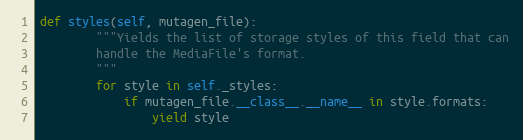
Language: Python
def styles(self, mutagen_file):
        """Yields the list of storage styles of this field that can
        handle the MediaFile's format.
        """
        for style in self._styles:
            if mutagen_file.__class__.__name__ in style.formats:
                yield style